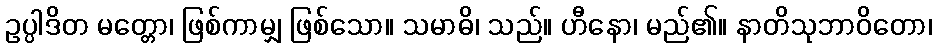
ဥပ္ပါဒိတ မတ္တော၊ ဖြစ်ကာမျှ ဖြစ်သော။ သမာဓိ၊ သည်။ ဟီနော၊ မည်၏။ နာတိသုဘာဝိတော၊